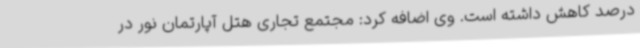
درصد کاهش داشته است. وی اضافه کرد: مجتمع تجاری هتل آپارتمان نور در